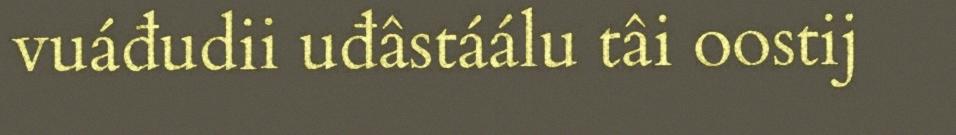
vuáđudii uđâstáálu tâi oostij